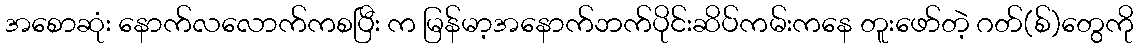
အစောဆုံး နောက်လလောက်ကစပြီး က မြန်မာ့အနောက်ဘက်ပိုင်းဆိပ်ကမ်းကနေ တူးဖော်တဲ့ ဂတ်(စ်)တွေကို